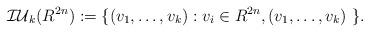
LaTeX: \begin{align*}\mathcal{IU}_{k}(R^{2n}) := \{ (v_{1}, \dots, v_{k}) : v_{i} \in R^{2n}, (v_{1}, \dots, v_{k}) \,\, \}.\end{align*}